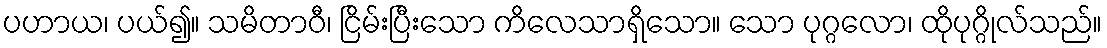
ပဟာယ၊ ပယ်၍။ သမိတာဝီ၊ ငြိမ်းပြီးသော ကိလေသာရှိသော။ သော ပုဂ္ဂလော၊ ထိုပုဂ္ဂိုလ်သည်။